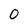
Character: O